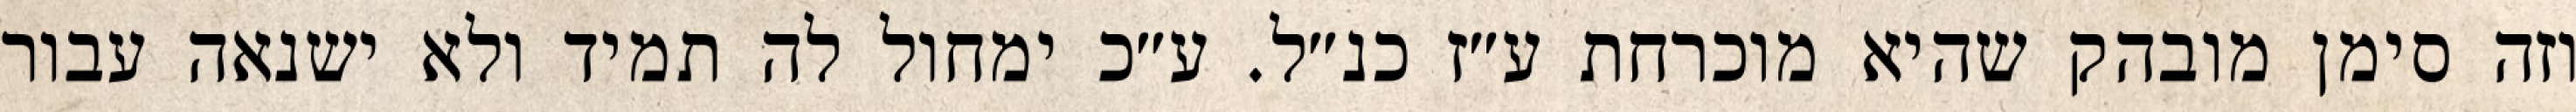
וזה סימן מובהק שהיא מוכרחת ע״ז כנ״ל. ע״כ ימחול לה תמיד ולא ישנאה עבור